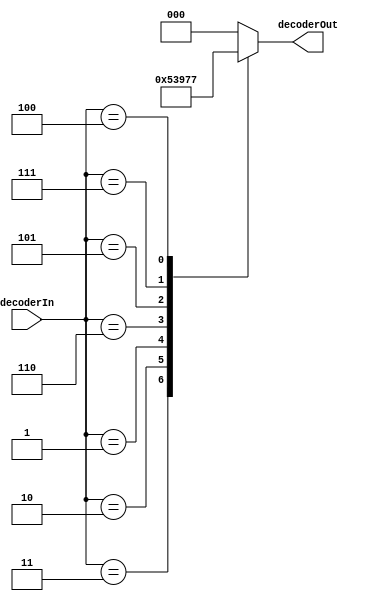
`timescale 1ns / 1ps
//////////////////////////////////////////////////////////////////////////////////
// Company: 
// Engineer: 
// 
// Design Name: 
// Module Name:    decoder 
// Project Name: 
// Target Devices: 
// Tool versions: 
// Description: 
//
// Dependencies: 
//
// Revision: 
// Revision 0.01 - File Created
// Additional Comments: 
//
//////////////////////////////////////////////////////////////////////////////////
module decoder(decoderOut, decoderIn);
	output [2:0] decoderOut;
	input [2:0] decoderIn;
	reg [2:0] decoderOut;
	always @(decoderIn)
		begin
			case(decoderIn)
				3'b011 : decoderOut = 3'b001;
				3'b010 : decoderOut = 3'b010;
				3'b001 : decoderOut = 3'b011;
				3'b110 : decoderOut = 3'b100;
				3'b101 : decoderOut = 3'b101;
				3'b111 : decoderOut = 3'b110;
				3'b100 : decoderOut = 3'b111;
				default : decoderOut = 3'b000;
			endcase	
		end

endmodule